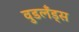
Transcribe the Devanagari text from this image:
वुडलँड्स